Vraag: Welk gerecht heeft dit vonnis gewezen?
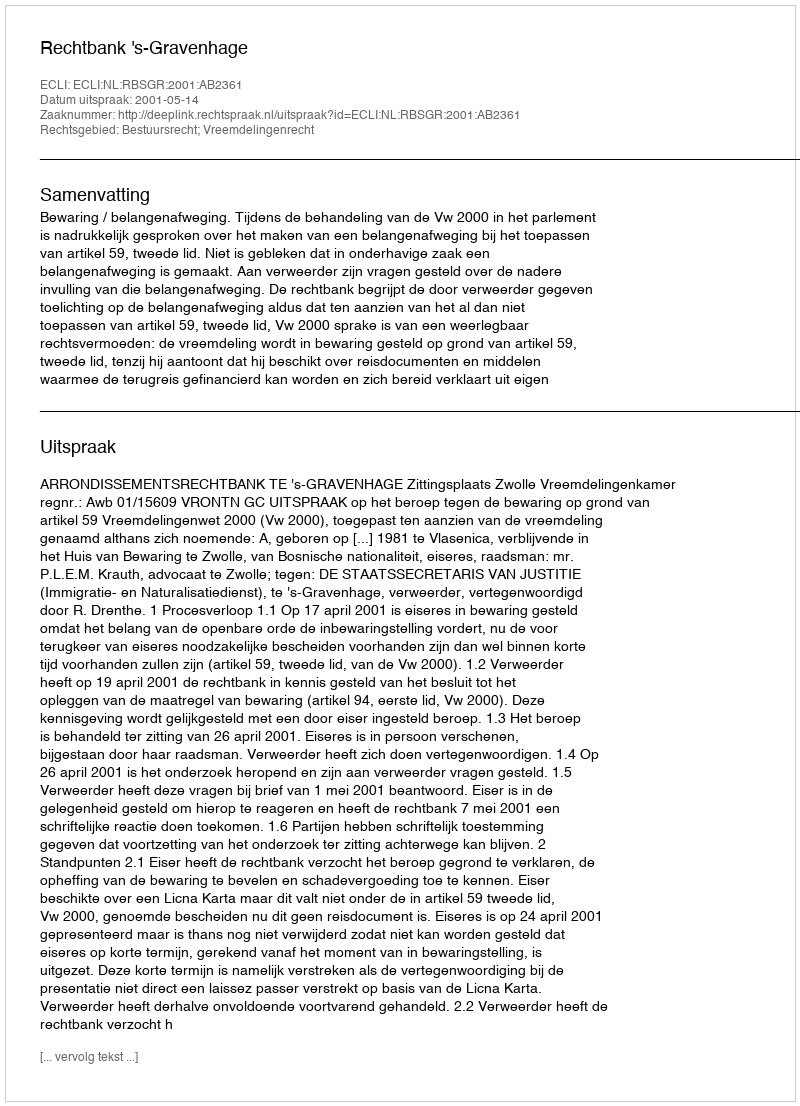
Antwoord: Rechtbank 's-Gravenhage